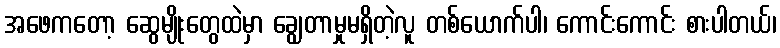
အဖေကတော့ ဆွေမျိုးတွေထဲမှာ ချွေတာမှုမရှိတဲ့လူ တစ်ယောက်ပါ၊ ကောင်းကောင်း စားပါတယ်၊